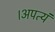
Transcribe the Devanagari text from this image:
।अपत्यं